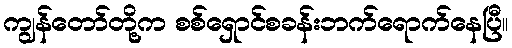
ကျွန်တော်တို့က စစ်ရှောင်စခန်းဘက်ရောက်နေပြီ။